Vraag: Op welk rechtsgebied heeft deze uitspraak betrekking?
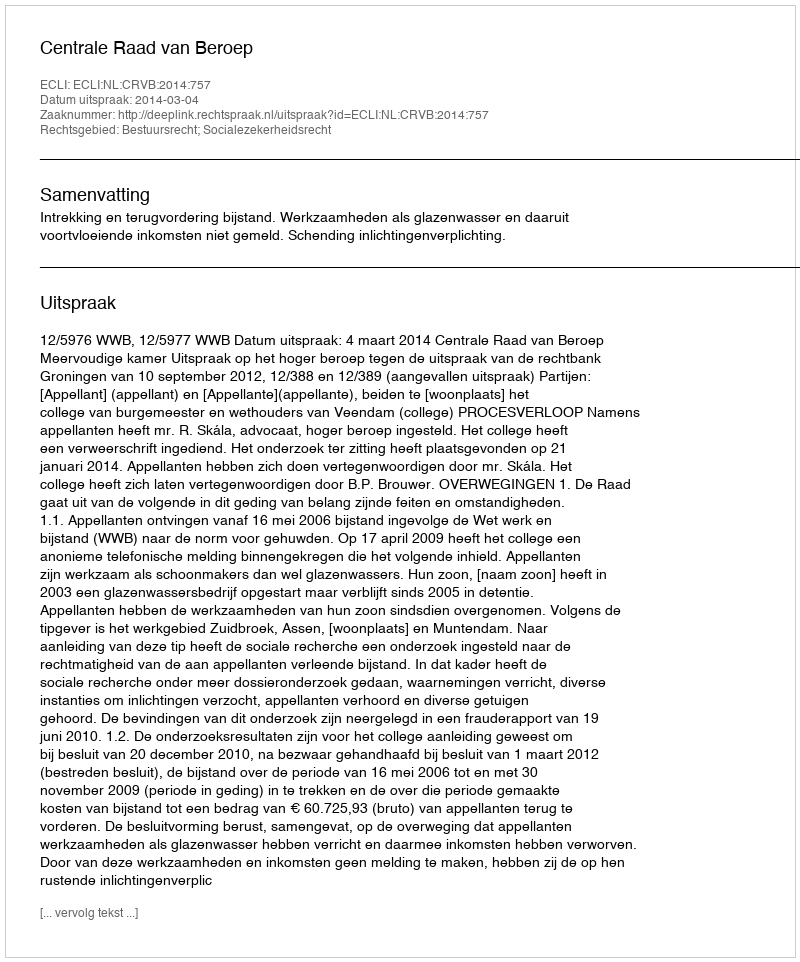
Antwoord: Bestuursrecht; Socialezekerheidsrecht